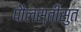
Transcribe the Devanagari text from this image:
पौलस्तीसुत